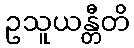
ဥသူယန္တီတိ